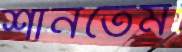
শানতেম